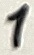
Text: 1